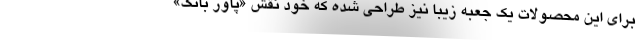
برای این محصولات یک جعبه زیبا نیز طراحی شده که خود نقش «پاور بانک»